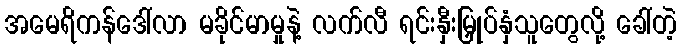
အမေရိကန်ဒေါ်လာ မခိုင်မာမှုနဲ့ လက်လီ ရင်းနှီးမြှုပ်နှံသူတွေလို့ ခေါ်တဲ့